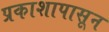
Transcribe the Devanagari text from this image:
प्रकाशापासून